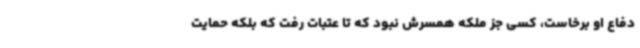
دفاع او برخاست، کسی جز ملکه همسرش نبود که تا عتبات رفت که بلکه حمایت